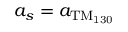
a _ { s } = a _ { \mathrm { T M _ { 1 3 0 } } }